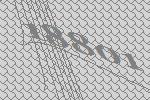
18801